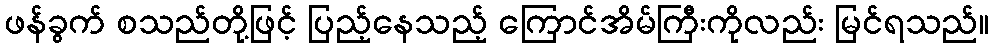
ဖန်ခွက် စသည်တို့ဖြင့် ပြည့်နေသည့် ကြောင်အိမ်ကြီးကိုလည်း မြင်ရသည်။